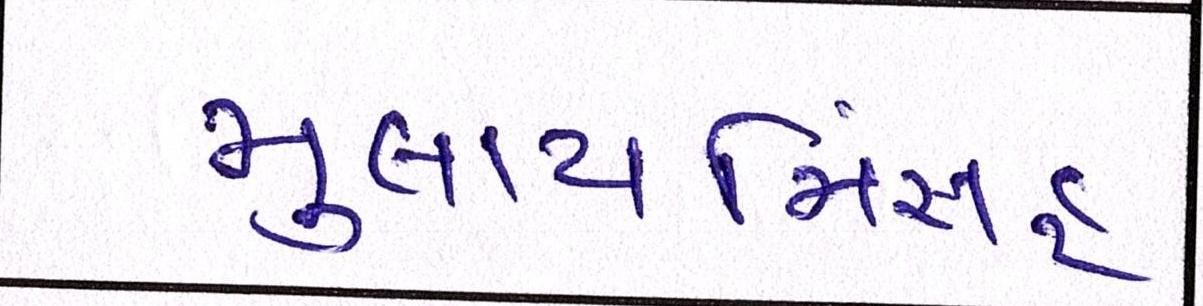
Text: મુલાયમિંસહ